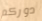
دوركم